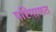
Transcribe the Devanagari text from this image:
परिमाणत